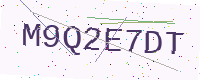
Text: M9Q2E7DT